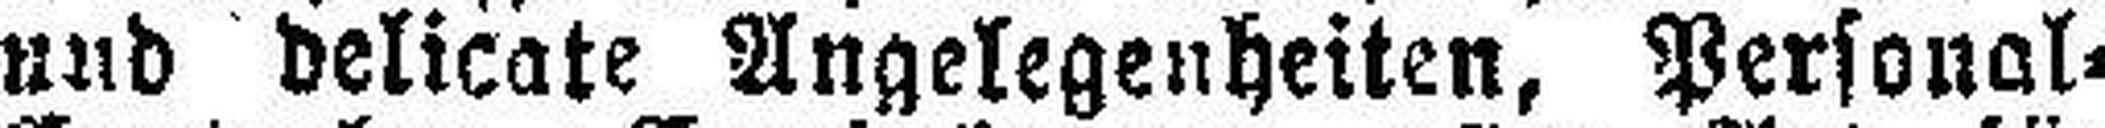
und delicate Angelegenheiten, Personal=